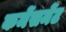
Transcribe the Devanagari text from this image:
कमेंसमेंट